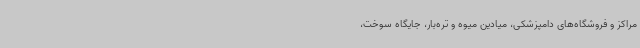
مراکز و فروشگاه‌های دامپزشکی، میادین میوه و تره‌بار، جایگاه سوخت،